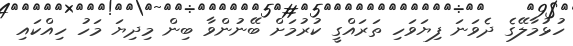
ހުޅުމާލޭގެ ދެވަނަ ފިޔަވަހި ތަރައްގީ ކުރުމަށް ބޭނުންވާ ބިން މިދިޔަ މަހު ހިއްކައި